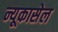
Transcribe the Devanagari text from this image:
न्यूकासेल